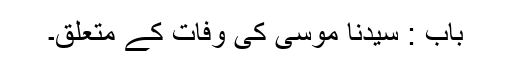
باب : سیدنا موسیٰؑ کی وفات کے متعلق۔